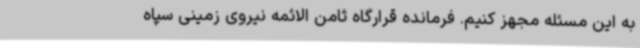
به این مسئله مجهز کنیم. فرمانده قرارگاه ثامن الائمه نیروی زمینی سپاه